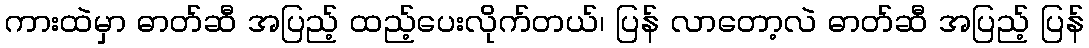
ကားထဲမှာ ဓာတ်ဆီ အပြည့် ထည့်ပေးလိုက်တယ်၊ ပြန် လာတော့လဲ ဓာတ်ဆီ အပြည့် ပြန်